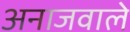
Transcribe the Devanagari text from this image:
अनाजवाले